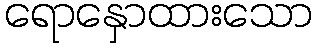
ရောနှောထားသော